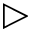
\triangleright